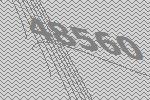
48560